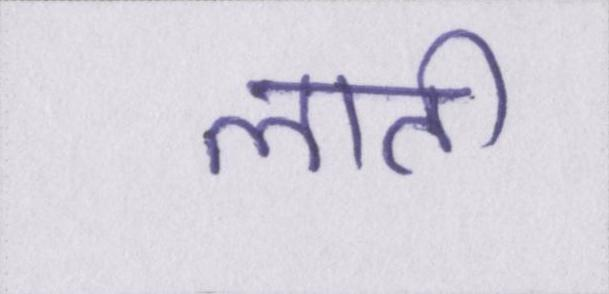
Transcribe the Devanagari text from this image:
लाती